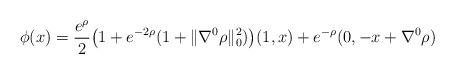
LaTeX: \begin{align*}\phi(x) = \frac{e^\rho}{2}\big(1+e^{-2\rho}(1+ \|\nabla^0 \rho \|_0^2)\big)(1,x)+e^{-\rho}(0,-x+\nabla^0\rho)\end{align*}